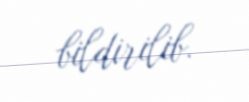
bildirilib.